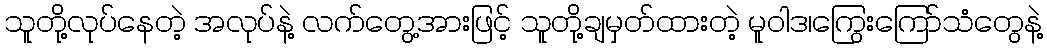
သူတို့လုပ်နေတဲ့ အလုပ်နဲ့ လက်တွေ့အားဖြင့် သူတို့ချမှတ်ထားတဲ့ မူဝါဒ၊ကြွေးကြော်သံတွေနဲ့